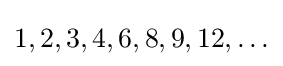
1,2,3,4,6,8,9,12,\ldots